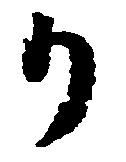
か